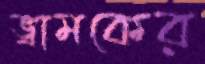
ভ্রামকের